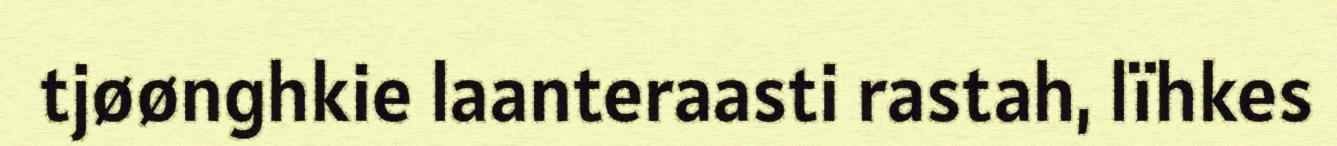
tjøønghkie laanteraasti rastah, lïhkes